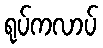
ရုပ်ကလာပ်